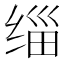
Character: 缁